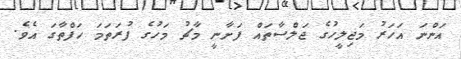
އަންނަ އަހަރު މަޖިލީހުގެ ޖަލްސާތައް ފަށާނީ މާޗު މަހުގެ ފުރަތަމަ ހަފްތާގަ އެވެ.